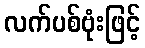
လက်ပစ်ဗုံးဖြင့်